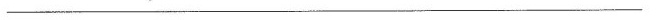
___